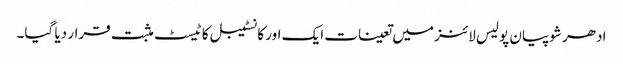
ادھر شوپیان پولیس لائنز میں تعینات ایک اور کانسٹیبل کا ٹیسٹ مثبت قرار دیا گیا۔